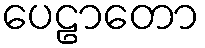
ပေဠာတော